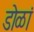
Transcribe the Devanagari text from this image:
डोळां